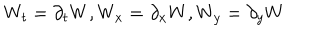
W _ { t } = \partial _ { t } W , W _ { x } = \partial _ { x } W , W _ { y } = \partial _ { y } W